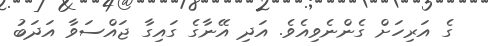
ގެ އަރިހަށް ގެންނެވިއެވެ. އަދި އޭނާގެ ގައިގާ ޖައްސަވާ އަދަބު